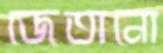
জেতানো